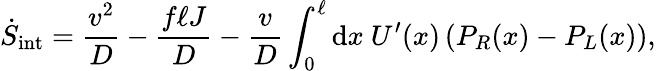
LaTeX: \dot{S}_{\mathrm{int}}=\frac{v^{2}}{D}-\frac{f\ell J}{D}-\frac{v}{D}\int_{0}^{\ell}\mathrm{d}x~U^{\prime}(x)\left(P_{R}(x)-P_{L}(x)\right),